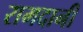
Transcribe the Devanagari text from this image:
रामदानी